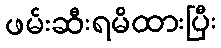
ဖမ်းဆီးရမိထားပြီး